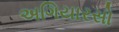
અગિયારસો